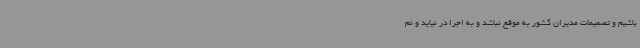
باشیم و تصمیمات مدیران کشور به موقع نباشد و به اجرا در نیاید و نم